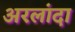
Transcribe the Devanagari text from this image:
अरलांदा